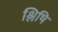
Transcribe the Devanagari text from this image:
श्लिषि